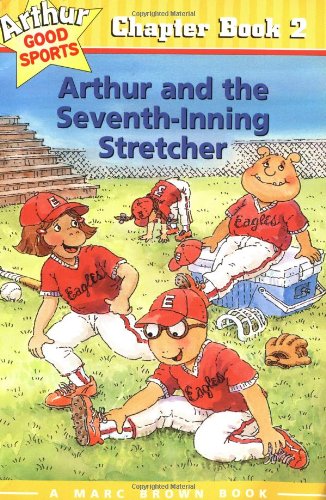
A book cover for Arthur and the Seventh Inning Stretcher (Arthur Good Sports #2); Marc Brown; Health, Fitness & Dieting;